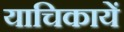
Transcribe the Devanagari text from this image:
याचिकायें